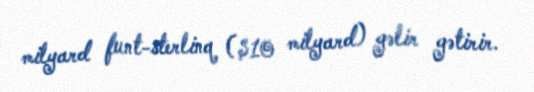
milyard funt-sterlinq ($10 milyard) gəlir gətirir.